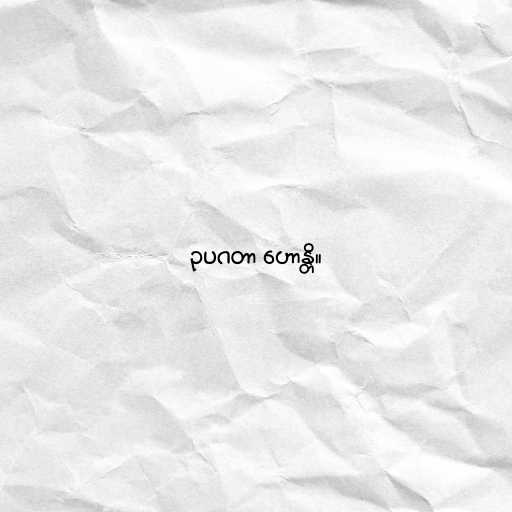
ဥပဂတာ ဟောန္တိ။